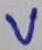
Text: V